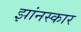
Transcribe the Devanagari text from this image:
झांनस्कार